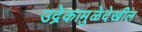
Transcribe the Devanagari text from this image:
उद्रेकामुळेदेखील